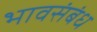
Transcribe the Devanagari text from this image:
भावसंबंध